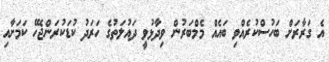
އެ ގަރާރަށް ބަހުސްކުރެއްވި ބައެއް މެމްބަރުން ވިދާޅުވީ ދައުލަތުގެ ހަރަދު ކުޑަކުރަންޖެހޭ ކަމަށާއި